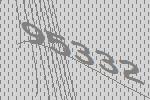
95332